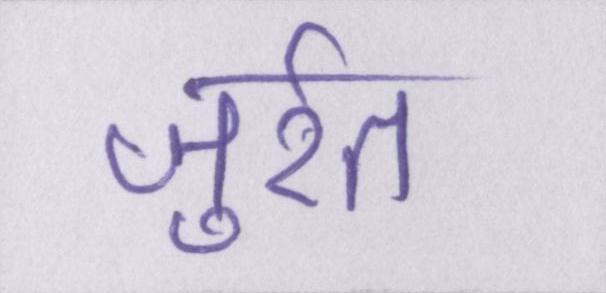
जुर्रत